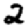
Digit: 2